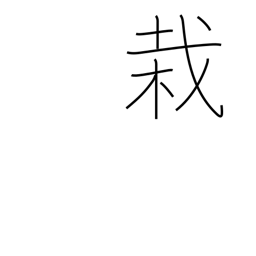
Meaning: planting